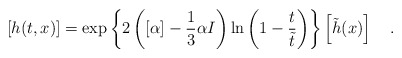
\begin{align*}\left[ h(t,x) \right] =\exp \left\{ 2 \left( [\alpha]-\frac{1}{3}\alpha I \right)\ln \left( 1-\frac{t}{\tilde{t}} \right)\right\}\left[ \tilde{h}(x) \right] ~~~.\end{align*}